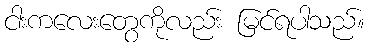
ငါးကလေးတွေကိုလည်း မြင်ရပါသည်။